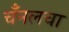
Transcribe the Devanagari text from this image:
चँनलचा